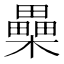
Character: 櫐